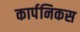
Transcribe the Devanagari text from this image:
कार्पनिकस